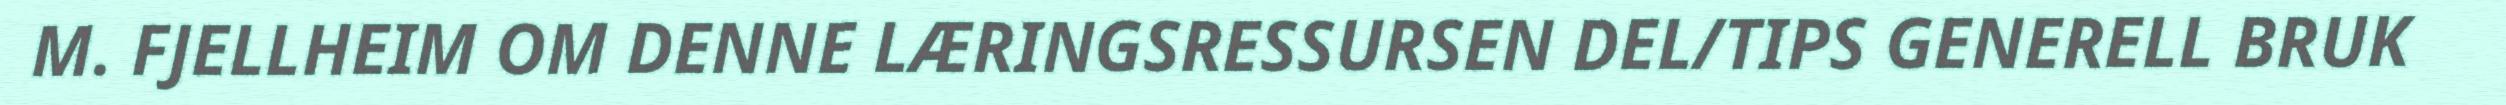
M. FJELLHEIM OM DENNE LÆRINGSRESSURSEN DEL/TIPS GENERELL BRUK